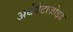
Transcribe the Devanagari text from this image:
अर्धबेटाज़ोइड